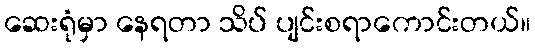
ဆေးရုံမှာ နေရတာ သိပ် ပျင်းစရာကောင်းတယ်။